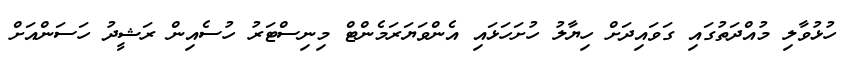
ހުޅުވާލި މުއްދަތުގައި ގަވައިދަށް ހިޔާލު ހުށަހަޅައި އެންވަޔަރަމެންޓް މިނިސްޓަރު ހުސެއިން ރަޝީދު ހަސަންއަށް